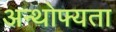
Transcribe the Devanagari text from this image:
अन्थोफ्यता